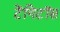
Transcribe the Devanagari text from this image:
टेंगिटॉस